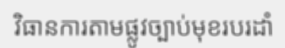
វិធានការតាមផ្លូវច្បាប់មុខរបរដាំ